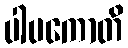
ပါပကောတိ